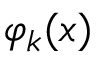
\varphi _ { k } ( x )